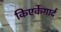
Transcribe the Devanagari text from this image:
किएर्केगार्द